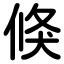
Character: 倏